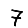
Digit: 7